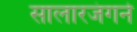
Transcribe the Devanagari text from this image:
सालारजंगने